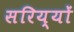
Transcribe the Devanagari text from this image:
सरिय्यों